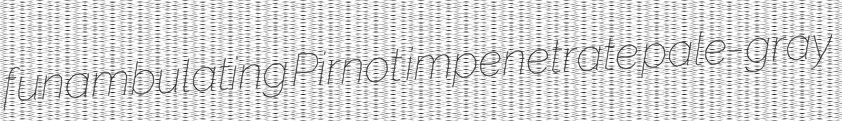
funambulating Pirnot impenetrate pale-gray